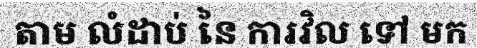
តាម លំដាប់ នៃ ការវិល ទៅ មក